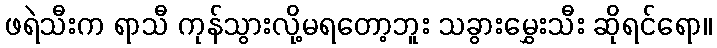
ဖရဲသီးက ရာသီ ကုန်သွားလို့မရတော့ဘူး သခွားမွှေးသီး ဆိုရင်ရော။